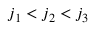
j _ { 1 } < j _ { 2 } < j _ { 3 }